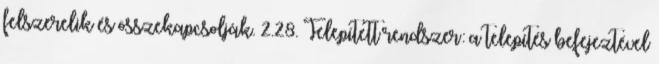
felszerelik és összekapcsolják. 2.28. Telepített rendszer: a telepítés befejeztével